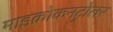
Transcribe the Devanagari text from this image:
माइक्रोकनट्रोलर